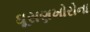
ઘૂસણખોરોના